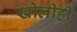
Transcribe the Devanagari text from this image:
खोलीही